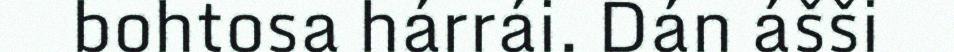
bohtosa hárrái. Dán ášši